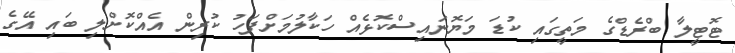
ޓޮޓީލާ ބްރެޑްގެ މަތީގައި ކުޑަ މަޔޮނައިސްކޮޅެއް ހަކާލުމަށްފަހު ކުރިން އެއްކޮށްލި ބައި އޭގެ